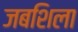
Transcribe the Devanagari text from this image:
जबशिला